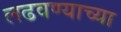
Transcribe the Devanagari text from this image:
लढवण्याच्या